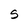
Character: S